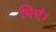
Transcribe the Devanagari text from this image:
पिएं।